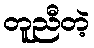
တူညီတဲ့